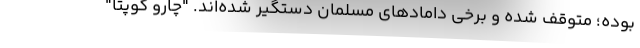
بوده؛ متوقف شده و برخی دامادهای مسلمان دستگیر شده‌اند. "چارو گوپتا"